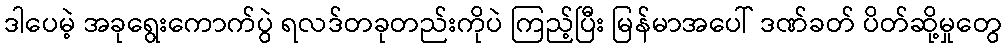
ဒါပေမဲ့ အခုရွေးကောက်ပွဲ ရလဒ်တခုတည်းကိုပဲ ကြည့်ပြီး မြန်မာအပေါ် ဒဏ်ခတ် ပိတ်ဆို့မှုတွေ